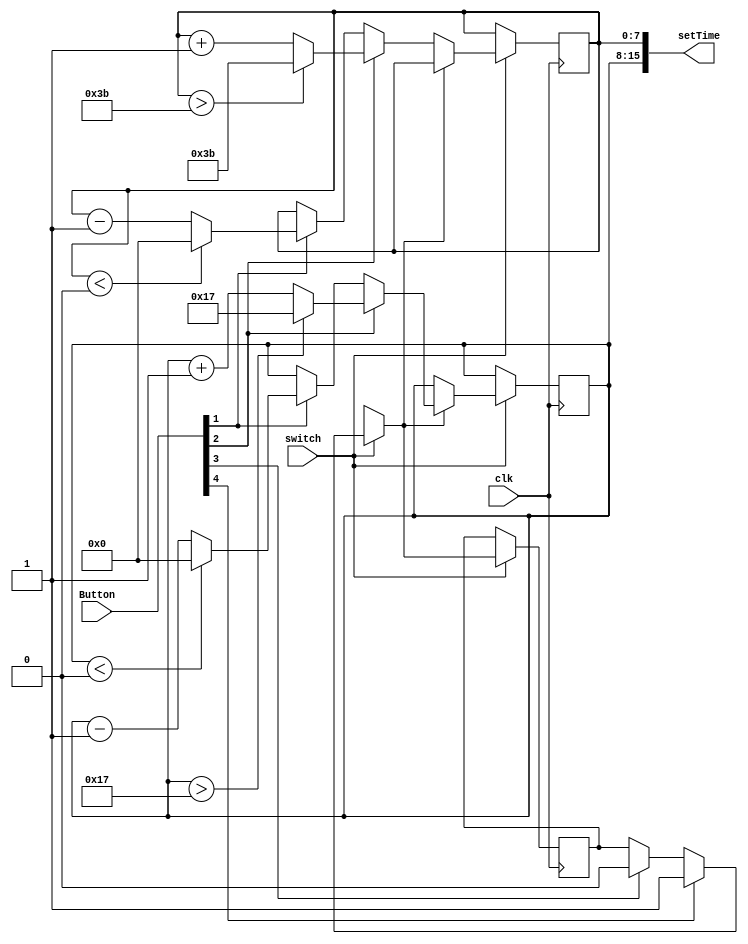
module setTimer(
    input clk,
    input switch,
    input [4:0]Button,
    output [15:0]setTime
    );
    
    reg [7:0]initMin,initHour;
    reg state;
    
    initial
        begin
            initMin=8'h0;
            initHour=8'h0;
        end
        
    always @( posedge  clk )
    begin
        if(switch)
            begin
                if(Button[4] == 1'b1) // L
                    state = 1'b1;
                else if(Button[3] == 1'b1) // R
                    state = 1'b0;
                if(state == 1'b1)
                    begin
                        if(Button[2] == 1'b1) // U
                            if (initHour > 8'h17)
                                initHour = 8'h17;
                            else
                                initHour = initHour + 1'b1;
                        else if (Button[1] == 1'b1) // D
                            if (initHour < 8'h0)
                                initHour = 8'h0;
                            else
                                initHour = initHour - 1'b1;
                    end
                else if (state == 1'b0)
                    begin
                        if(Button[2] == 1'b1)
                            if (initMin > 8'h3B)
                                initMin = 8'h3B;
                            else
                                initMin = initMin + 1'b1;
                        else if (Button[1] == 1'b1)
                            if (initMin < 8'h0)
                                initMin = 8'h0;
                            else
                                initMin = initMin - 1'b1;
                    end
            end
    end
    
    assign setTime = {initHour,initMin};
endmodule